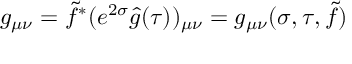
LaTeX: g _ { \mu \nu } = \tilde { f } ^ { * } ( e ^ { 2 \sigma } \hat { g } ( \tau ) ) _ { \mu \nu } = g _ { \mu \nu } ( \sigma , \tau , \tilde { f } )